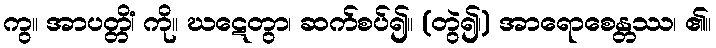
ကွ။ အာပတ္တိံ၊ ကို။ ဃဋေတွာ၊ ဆက်စပ်၍။ (တွဲ၍၊) အာရောစေန္တဿ၊ ၏။